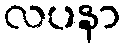
လပနာ